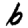
Digit: 6